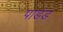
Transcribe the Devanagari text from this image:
पाडंड